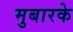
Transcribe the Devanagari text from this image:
मुबारके